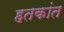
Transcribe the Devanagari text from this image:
हतकांत